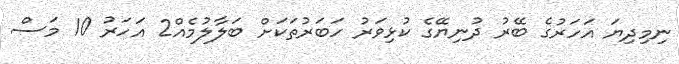
ނިމިދިޔަ އަހަރުގެ ބޭރު ދުނިޔޭގެ ކުޅިވަރު ހަބަރުތަކަށް ބަލާލުމެއް2 އަހަރު 10 މަސް